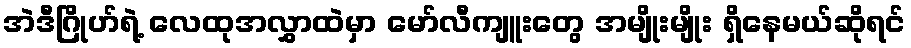
အဲဒီဂြိုဟ်ရဲ့ လေထုအလွှာထဲမှာ မော်လီကျူးတွေ အမျိုးမျိုး ရှိနေမယ်ဆိုရင်